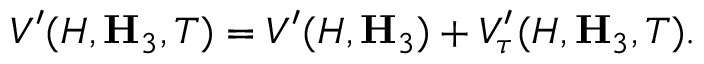
V ^ { \prime } ( H , { \bf H } _ { 3 } , T ) = V ^ { \prime } ( H , { \bf H } _ { 3 } ) + V _ { \tau } ^ { \prime } ( H , { \bf H } _ { 3 } , T ) .